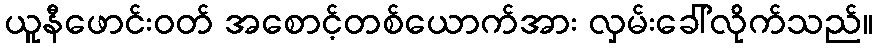
ယူနီဖောင်းဝတ် အစောင့်တစ်ယောက်အား လှမ်းခေါ်လိုက်သည်။